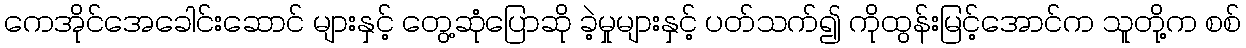
ကေအိုင်အေခေါင်းဆောင် များနှင့် တွေ့ဆုံပြောဆို ခဲ့မှုများနှင့် ပတ်သက်၍ ကိုထွန်းမြင့်အောင်က သူတို့က စစ်